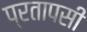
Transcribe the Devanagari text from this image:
प्रतापसी